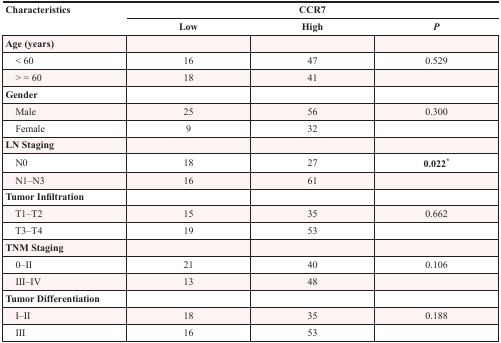
<table><thead><tr><td rowspan="2"><b>Characteristics</b></td><td colspan="3"><b>CCR7</b></td></tr><tr><td><b>Low</b></td><td><b>High</b></td><td><b><i>P</i></b></td></tr></thead><tbody><tr><td><b>Age (years)</b></td><td></td><td></td><td></td></tr><tr><td> &lt; 60</td><td>16</td><td>47</td><td>0.529</td></tr><tr><td> &gt; = 60</td><td>18</td><td>41</td><td></td></tr><tr><td><b>Gender</b></td><td></td><td></td><td></td></tr><tr><td> Male</td><td>25</td><td>56</td><td>0.300</td></tr><tr><td> Female</td><td>9</td><td>32</td><td></td></tr><tr><td><b>LN Staging</b></td><td></td><td></td><td></td></tr><tr><td> N0</td><td>18</td><td>27</td><td><b>0.022*</b></td></tr><tr><td> N1–N3</td><td>16</td><td>61</td><td></td></tr><tr><td><b>Tumor Infiltration</b></td><td></td><td></td><td></td></tr><tr><td> T1–T2</td><td>15</td><td>35</td><td>0.662</td></tr><tr><td> T3–T4</td><td>19</td><td>53</td><td></td></tr><tr><td><b>TNM Staging</b></td><td></td><td></td><td></td></tr><tr><td> 0–II</td><td>21</td><td>40</td><td>0.106</td></tr><tr><td> III–IV</td><td>13</td><td>48</td><td></td></tr><tr><td><b>Tumor Differentiation</b></td><td></td><td></td><td></td></tr><tr><td> I–II</td><td>18</td><td>35</td><td>0.188</td></tr><tr><td> III</td><td>16</td><td>53</td><td></td></tr></tbody></table>